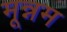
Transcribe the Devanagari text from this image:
मून्नम